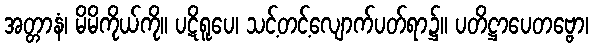
အတ္တာနံ၊ မိမိကိုယ်ကို။ ပဋိရူပေ၊ သင့်တင့်လျောက်ပတ်ရာ၌။ ပတိဋ္ဌာပေတဗ္ဗော၊